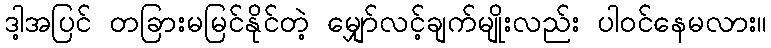
ဒါ့အပြင် တခြားမမြင်နိုင်တဲ့ မျှော်လင့်ချက်မျိုးလည်း ပါဝင်နေမလား။